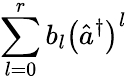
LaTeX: \sum_{l=0}^{r}b_{l}\left(\hat{a}^{\dagger}\right)^{l}